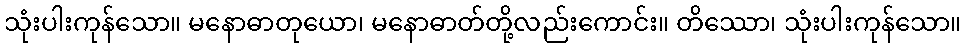
သုံးပါးကုန်သော။ မနောဓာတုယော၊ မနောဓာတ်တို့လည်းကောင်း။ တိဿော၊ သုံးပါးကုန်သော။